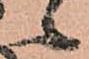
候